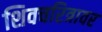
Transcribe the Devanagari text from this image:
शिवचरित्रावर